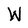
Character: W